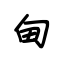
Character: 甸